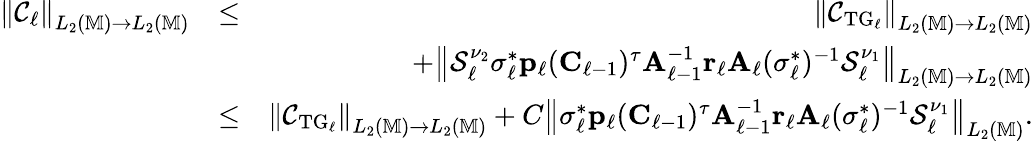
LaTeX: \begin{array}{rlr}{\left\| \mathcal{C}_{\ell}\right\| _{L_{2}(\mathbb{M})\to L_{2}(\mathbb{M})}}&{\le}&{\left\| \mathcal{C}_{\mathrm{TG}_{\ell}}\right\| _{L_{2}(\mathbb{M})\to L_{2}(\mathbb{M})}}\\ &{}&{+\left\| \mathcal{S}_{\ell}^{\nu_{2}}\sigma_{\ell}^{*}\boldsymbol{\mathbf{p}}_{\ell}(\boldsymbol{\mathbf{C}}_{\ell-1})^{\tau}\boldsymbol{\mathbf{A}}_{\ell-1}^{-1}\boldsymbol{\mathbf{r}}_{\ell}\boldsymbol{\mathbf{A}}_{\ell}(\sigma_{\ell}^{*})^{-1}\mathcal{S}_{\ell}^{\nu_{1}}\right\| _{L_{2}(\mathbb{M})\to L_{2}(\mathbb{M})}}\\ &{\le}&{\left\| \mathcal{C}_{\mathrm{TG}_{\ell}}\right\| _{L_{2}(\mathbb{M})\to L_{2}(\mathbb{M})}+C\left\| \sigma_{\ell}^{*}\boldsymbol{\mathbf{p}}_{\ell}(\boldsymbol{\mathbf{C}}_{\ell-1})^{\tau}\boldsymbol{\mathbf{A}}_{\ell-1}^{-1}\boldsymbol{\mathbf{r}}_{\ell}\boldsymbol{\mathbf{A}}_{\ell}(\sigma_{\ell}^{*})^{-1}\mathcal{S}_{\ell}^{\nu_{1}}\right\| _{L_{2}(\mathbb{M})}.}\end{array}